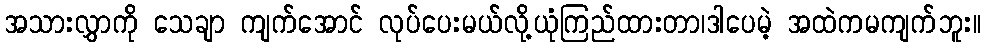
အသားလွှာကို သေချာ ကျက်အောင် လုပ်ပေးမယ်လို့ယုံကြည်ထားတာ၊ဒါပေမဲ့ အထဲကမကျက်ဘူး။